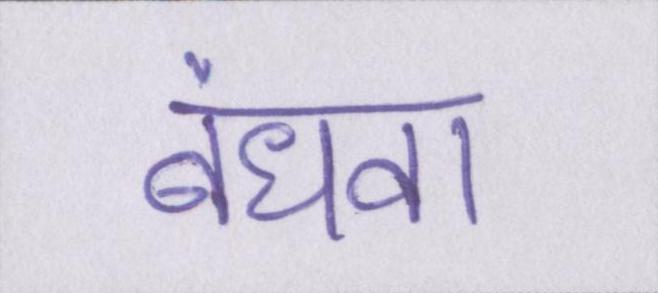
बंधवा